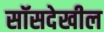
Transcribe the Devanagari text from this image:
सॉसदेखील